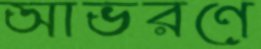
আভরণে